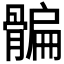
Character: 𩩯